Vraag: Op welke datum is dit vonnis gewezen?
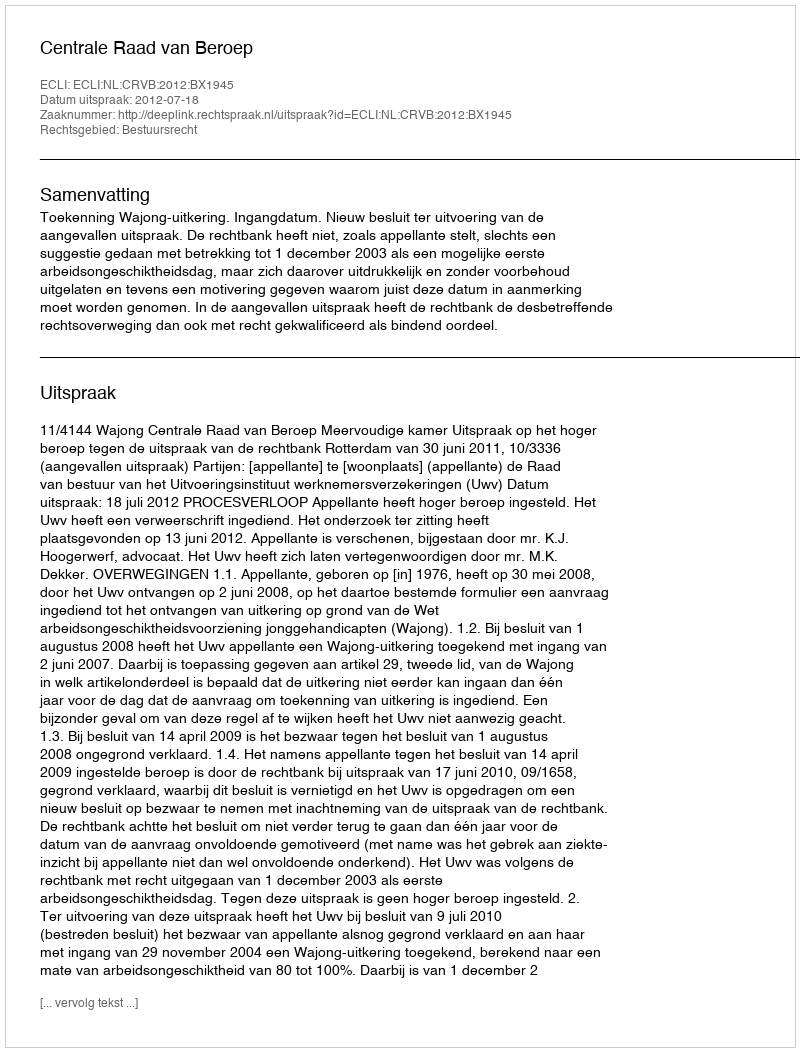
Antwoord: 2012-07-18